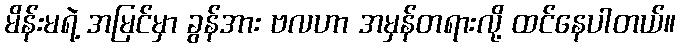
မိန်းမရဲ့ အမြင်မှာ ခွန်အား ဗလဟာ အမှန်တရားလို့ ထင်နေပါတယ်။